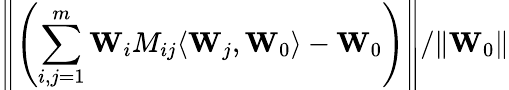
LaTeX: \left\| \left(\sum_{i,j=1}^{m}{\mathbf W}_{i}M_{ij}\langle{\mathbf W}_{j},{\mathbf W}_{0}\rangle-{\mathbf W}_{0}\right)\right\| /\| {\mathbf W}_{0}\|